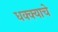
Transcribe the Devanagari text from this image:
धक्क्याचे